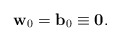
\begin{align*}\begin{aligned}\mathbf{w}_0=\mathbf{b}_0\equiv\mathbf{0}.\end{aligned}\end{align*}